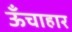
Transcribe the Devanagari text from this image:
ऊँचाहार